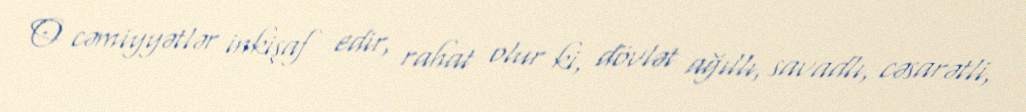
O cəmiyyətlər inkişaf edir, rahat olur ki, dövlət ağıllı, savadlı, cəsarətli,